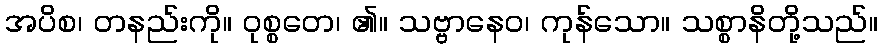
အပိစ၊ တနည်းကို။ ဝုစ္စတေ၊ ၏။ သဗ္ဗာနေဝ၊ ကုန်သော။ သစ္စာနိတို့သည်။